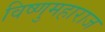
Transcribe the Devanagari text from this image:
विष्णुमहाराज